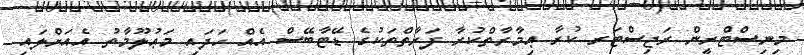
މިނިސްޓްރީން ރަޖިސްޓަރ ކުރާ ޢިމާރާތްކުރާ ފަރާތްތަކުގެ ޑޭޓާބޭސް އެއް ހަދައި މަޢުލޫމާތު އެއަށްލައި